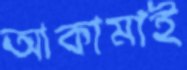
আকামাই